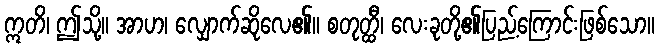
ဣတိ၊ ဤသို့။ အာဟ၊ လျှောက်ဆိုလေ၏။ စတုတ္ထီ၊ လေးခုတို့၏ပြည့်ကြောင်းဖြစ်သော။